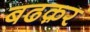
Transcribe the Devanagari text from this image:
बढक़र